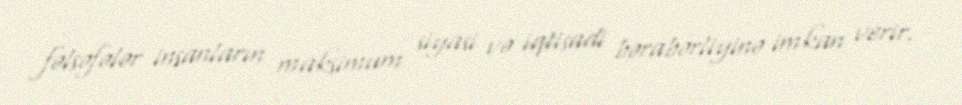
fəlsəfələr insanların maksimum siyasi və iqtisadi bərabərliyinə imkan verir.